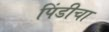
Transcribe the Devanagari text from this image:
पिंडीचा